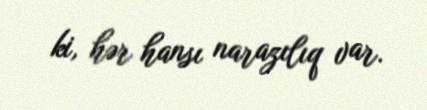
ki, hər hansı narazılıq var.